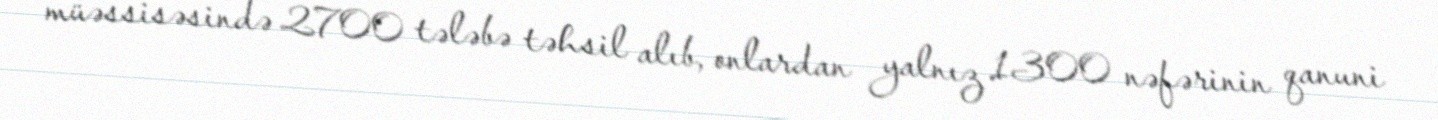
müəssisəsində 2700 tələbə təhsil alıb, onlardan yalnız 1300 nəfərinin qanuni